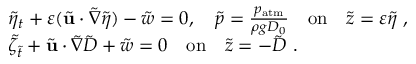
\begin{array} { r l } & { \tilde { \eta } _ { t } + \varepsilon ( \tilde { \mathbf { u } } \cdot \tilde { \nabla } \tilde { \eta } ) - \tilde { w } = 0 , \quad \tilde { p } = \frac { p _ { \mathrm { a t m } } } { \rho g D _ { 0 } } \quad \mathrm { o n } \quad \tilde { z } = \varepsilon \tilde { \eta } \ , } \\ & { \tilde { \zeta } _ { \tilde { t } } + \tilde { \mathbf { u } } \cdot \tilde { \nabla } \tilde { D } + \tilde { w } = 0 \quad \mathrm { o n } \quad \tilde { z } = - \tilde { D } \ . } \end{array}